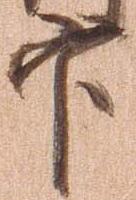
官